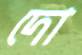
দো